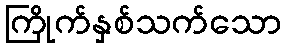
ကြိုက်နှစ်သက်သော